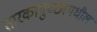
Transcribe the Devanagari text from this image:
तारकागुच्छांमधील